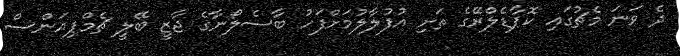
ދެ ވަނަ މެޗުގައި ކޮޕާޑެލްރޭގެ ތަށި އުފުލާލުމަށްފަހު ބާސެލޯނާގެ ޖާޒީ ބޭލީ ޗެމްޕިއަންސް